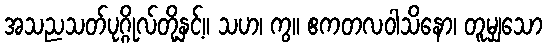
အသညသတ်ပုဂ္ဂိုလ်တို့နှင့်။ သဟ၊ ကွ။ ဧကတလဝါသိနော၊ တူမျှသော